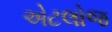
એટલોજ